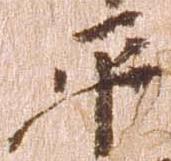
平